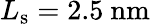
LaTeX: L_{\mathrm{s}}=2.5~\mathrm{nm}